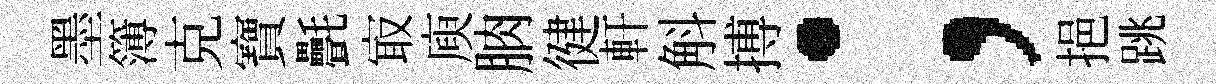
墨簿克寶㲲㝡庾朒徤軒斛搏；挹跳